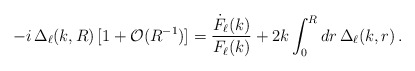
\begin{align*}- i\,\Delta_\ell(k,R) \, [1 + \mathcal{O}(R^{-1})] = \frac{\dot{F}_\ell(k)}{F_\ell(k)} + 2 k \int^R_0dr\,\Delta_\ell(k,r)\,.\end{align*}